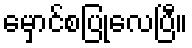
မှောင်စပြုလေပြီ။